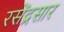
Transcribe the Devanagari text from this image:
रसेंद्रसार